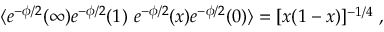
\langle e ^ { - \phi / 2 } ( \infty ) e ^ { - \phi / 2 } ( 1 ) \ e ^ { - \phi / 2 } ( x ) e ^ { - \phi / 2 } ( 0 ) \rangle = [ x ( 1 - x ) ] ^ { - 1 / 4 } \ ,